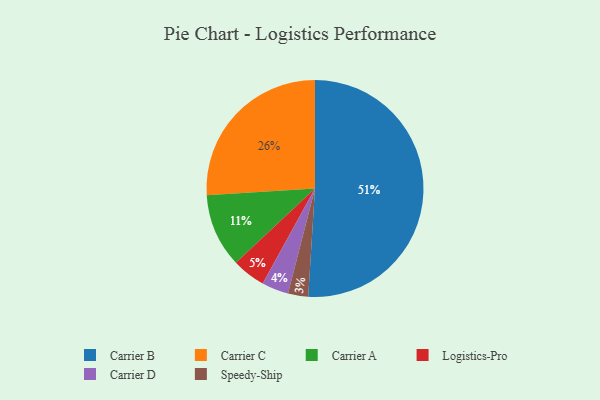
{"axis": {"x": "Category", "y": "Percentage"}, "legend": ["Carrier A", "Carrier B", "Carrier C", "Carrier D", "Logistics-Pro", "Speedy-Ship"], "data": [{"x": "Carrier A", "y": 11, "type": "Carrier A"}, {"x": "Carrier D", "y": 4, "type": "Carrier D"}, {"x": "Carrier C", "y": 26, "type": "Carrier C"}, {"x": "Speedy-Ship", "y": 3, "type": "Speedy-Ship"}, {"x": "Carrier B", "y": 51, "type": "Carrier B"}, {"x": "Logistics-Pro", "y": 5, "type": "Logistics-Pro"}]}